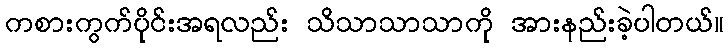
ကစားကွက်ပိုင်းအရလည်း သိသာသာသာကို အားနည်းခဲ့ပါတယ်။